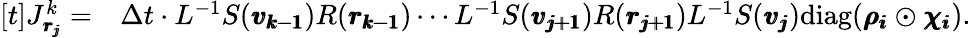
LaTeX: \begin{array}{rl}{[t]J_{\pmb{r_{j}}}^{k}=}&{\Delta t\cdot L^{-1}S(\pmb{v_{k-1}})R(\pmb{r_{k-1}})\cdots L^{-1}S(\pmb{v_{j+1}})R(\pmb{r_{j+1}})L^{-1}S(\pmb{v_{j}})\mathrm{diag}(\pmb{\rho_{i}}\odot\pmb{\chi_{i}}).}\end{array}